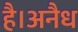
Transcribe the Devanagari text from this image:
है।अनैध